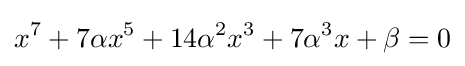
x^{7}+7\alpha x^{5}+14\alpha ^{2}x^{3}+7\alpha ^{3}x+\beta =0